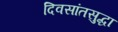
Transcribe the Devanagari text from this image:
दिवसांतसुद्धा